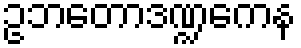
ဥဘတောဒဏ္ဍကေန